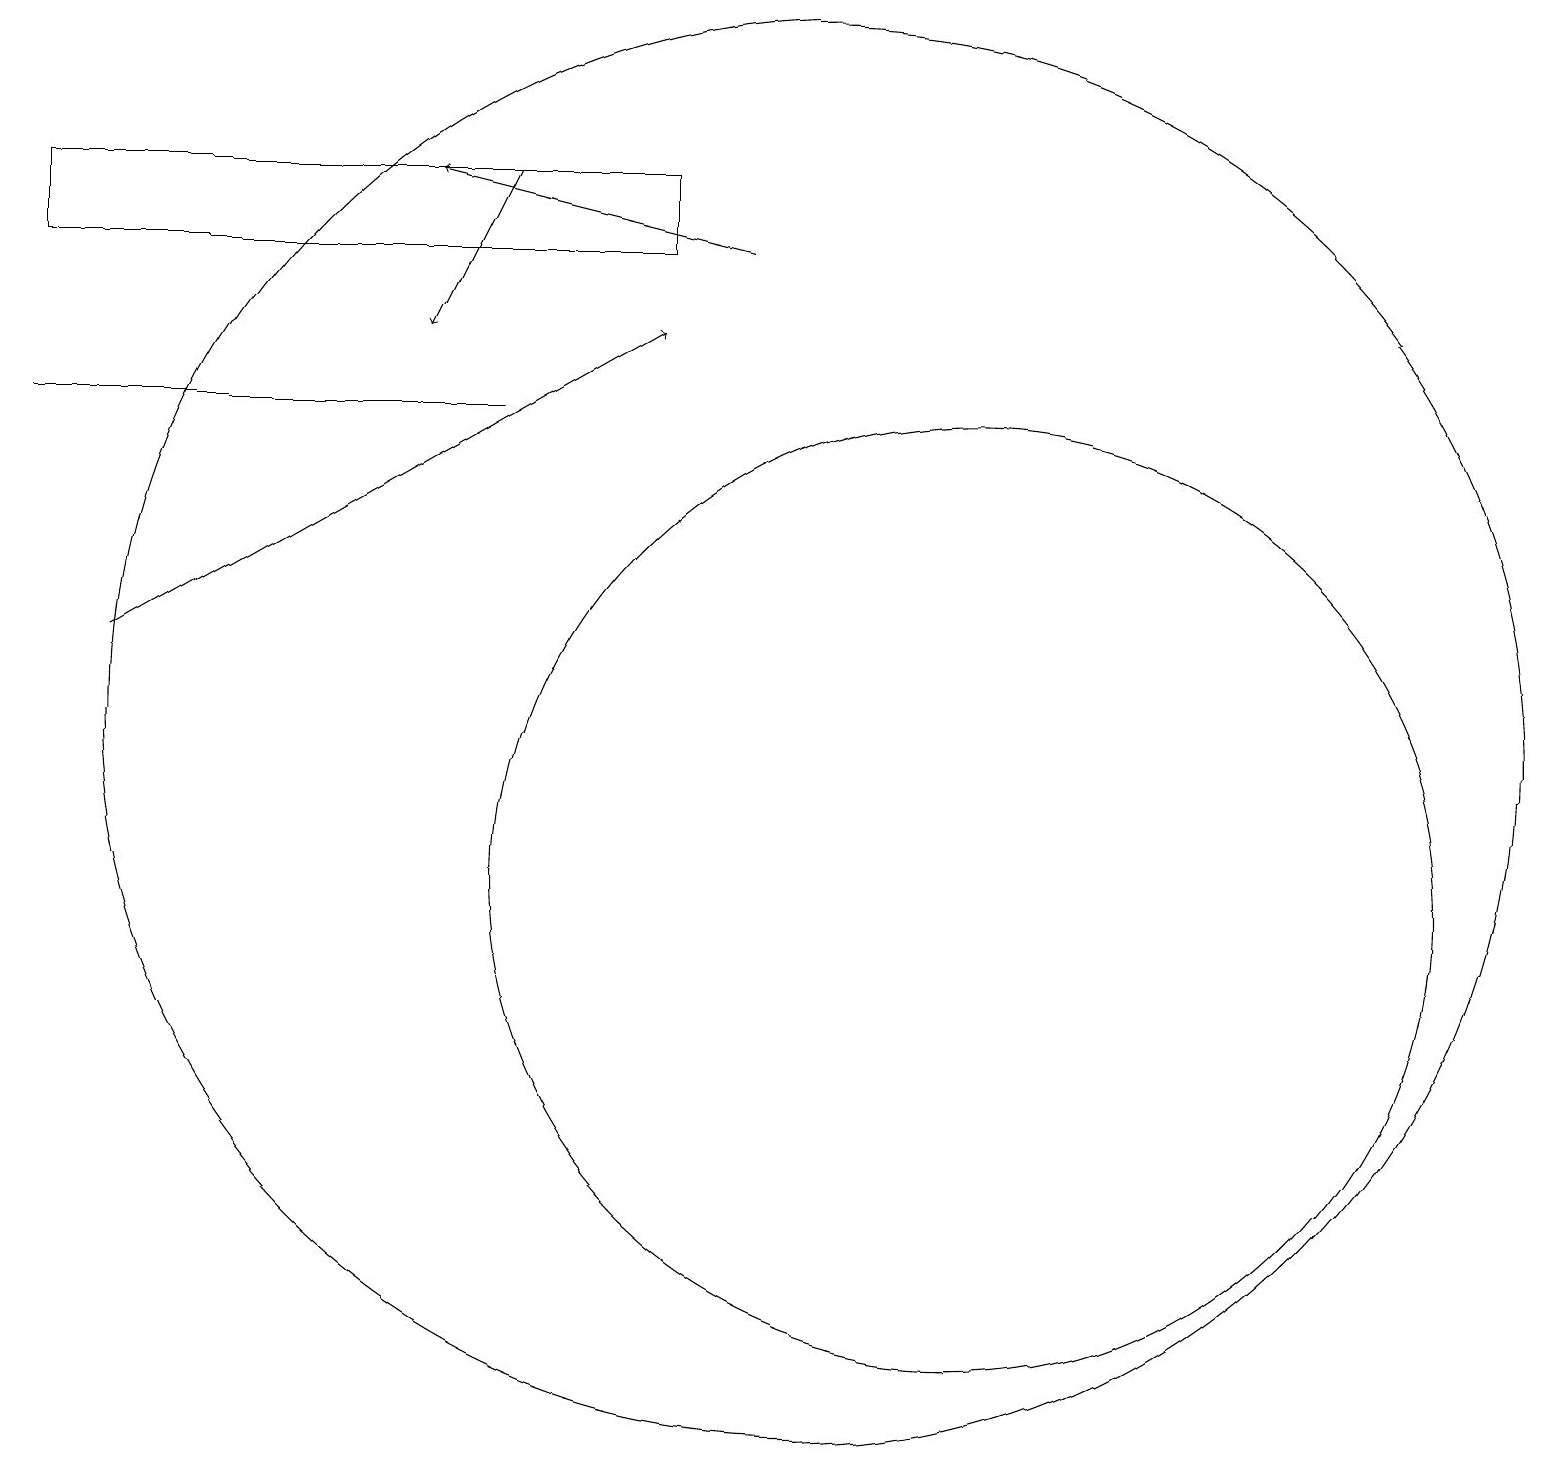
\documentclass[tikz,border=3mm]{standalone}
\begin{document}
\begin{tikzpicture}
\draw[->] (9,18) -- (5,19);
\draw[->] (6,19) -- (5,17);
\draw (8,19) rectangle (0,18);
\draw (6,16) rectangle (0,16);
\draw[->] (1,13) -- (8,17);
\draw (12,10) circle (6);
\draw (10,12) circle (9);
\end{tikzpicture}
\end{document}